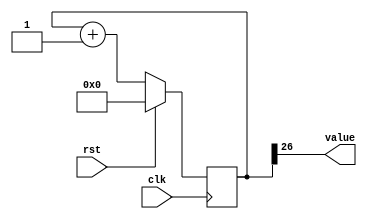
/*
   This file was generated automatically by Alchitry Labs version 1.2.1.
   Do not edit this file directly. Instead edit the original Lucid source.
   This is a temporary file and any changes made to it will be destroyed.
*/

/*
   Parameters:
     SIZE = 1
     DIV = 26
     TOP = 0
     UP = 1
*/
module counter_14 (
    input clk,
    input rst,
    output reg [0:0] value
  );
  
  localparam SIZE = 1'h1;
  localparam DIV = 5'h1a;
  localparam TOP = 1'h0;
  localparam UP = 1'h1;
  
  
  reg [26:0] M_ctr_d, M_ctr_q = 1'h0;
  
  localparam MAX_VALUE = 27'h3ffffff;
  
  always @* begin
    M_ctr_d = M_ctr_q;
    
    value = M_ctr_q[26+0-:1];
    if (1'h1) begin
      M_ctr_d = M_ctr_q + 1'h1;
      if (1'h0 && M_ctr_q == 27'h3ffffff) begin
        M_ctr_d = 1'h0;
      end
    end else begin
      M_ctr_d = M_ctr_q - 1'h1;
      if (1'h0 && M_ctr_q == 1'h0) begin
        M_ctr_d = 27'h3ffffff;
      end
    end
  end
  
  always @(posedge clk) begin
    if (rst == 1'b1) begin
      M_ctr_q <= 1'h0;
    end else begin
      M_ctr_q <= M_ctr_d;
    end
  end
  
endmodule